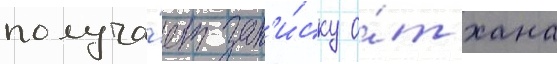
получа́ет зап'и́ску о́т хана